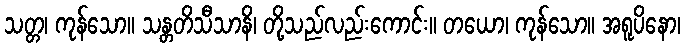
သတ္တ၊ ကုန်သော။ သန္တတိသီသာနိ၊ တို့သည်လည်းကောင်း။ တယော၊ ကုန်သော။ အရူပိနော၊